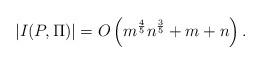
LaTeX: \begin{align*}|I(P,\Pi)| = O\left(m^{\frac{4}{5}}n^{\frac{3}{5}}+m+n\right).\end{align*}